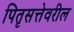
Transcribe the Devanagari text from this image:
पितृसत्तेवरील